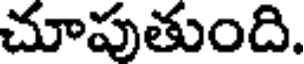
చూపుతుంది.